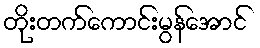
တိုးတက်ကောင်းမွန်အောင်